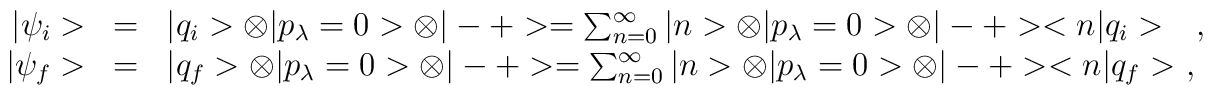
\begin{array}{r c l}|\psi_i>&=&|q_i>\otimes|p_\lambda=0>\otimes|-+>=\sum_{n=0}^\infty|n>\otimes|p_\lambda=0>\otimes|-+><n|q_i>\ \ \ ,\\|\psi_f>&=&|q_f>\otimes|p_\lambda=0>\otimes|-+>=\sum_{n=0}^\infty|n>\otimes|p_\lambda=0>\otimes|-+><n|q_f>\ ,\end{array}